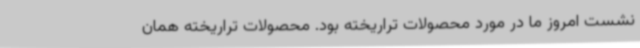
نشست امروز ما در مورد محصولات تراریخته بود. محصولات تراریخته همان